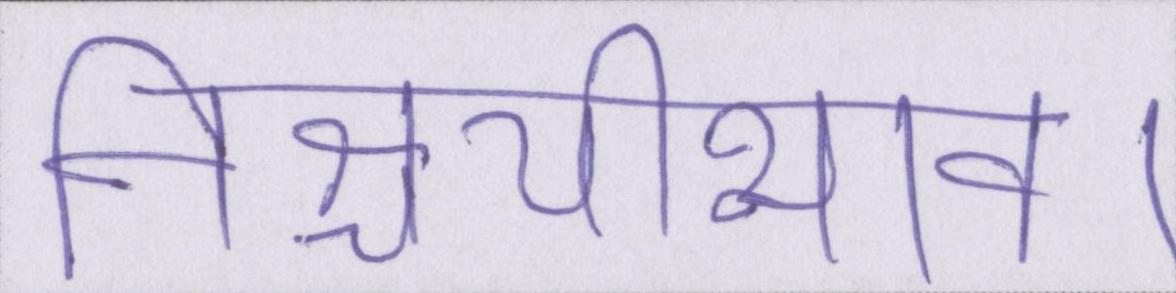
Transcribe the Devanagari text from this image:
निश्चयीभाव।